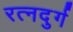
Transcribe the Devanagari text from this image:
रत्नदुर्ग